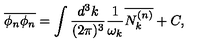
\overline { { \phi _ { n } \phi _ { n } } } = \int \frac { d ^ { 3 } k } { ( 2 \pi ) ^ { 3 } } \frac { 1 } { \omega _ { k } } \overline { { N _ { k } ^ { ( n ) } } } + C ,